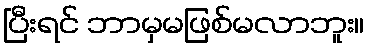
ပြီးရင် ဘာမှမဖြစ်မလာဘူး။